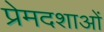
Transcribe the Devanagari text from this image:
प्रेमदशाओं